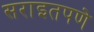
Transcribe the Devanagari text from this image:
सराइतपणे